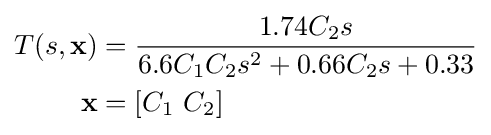
{\begin{aligned}T(s,\mathbf {x} )&={\frac {1.74C_{2}s}{6.6C_{1}C_{2}s^{2}+0.66C_{2}s+0.33}}\\\mathbf {x} &=[C_{1}~C_{2}]\end{aligned}}